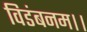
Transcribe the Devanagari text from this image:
विडंबनम।।